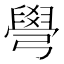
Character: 𦦎